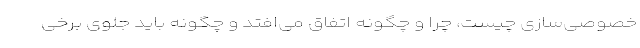
خصوصی‌سازی چیست، چرا و چگونه اتفاق می‌افتد و چگونه باید جلوی برخی